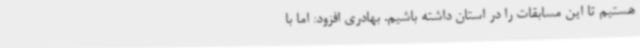
هستیم تا این مسابقات را در استان داشته باشیم. بهادری افزود: اما با